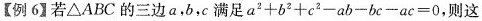
【例6】若△ABC的三边a，b，c满足$$a^{2}+b^{2}+c^{2}-ab-bc-ac=0$$，则这